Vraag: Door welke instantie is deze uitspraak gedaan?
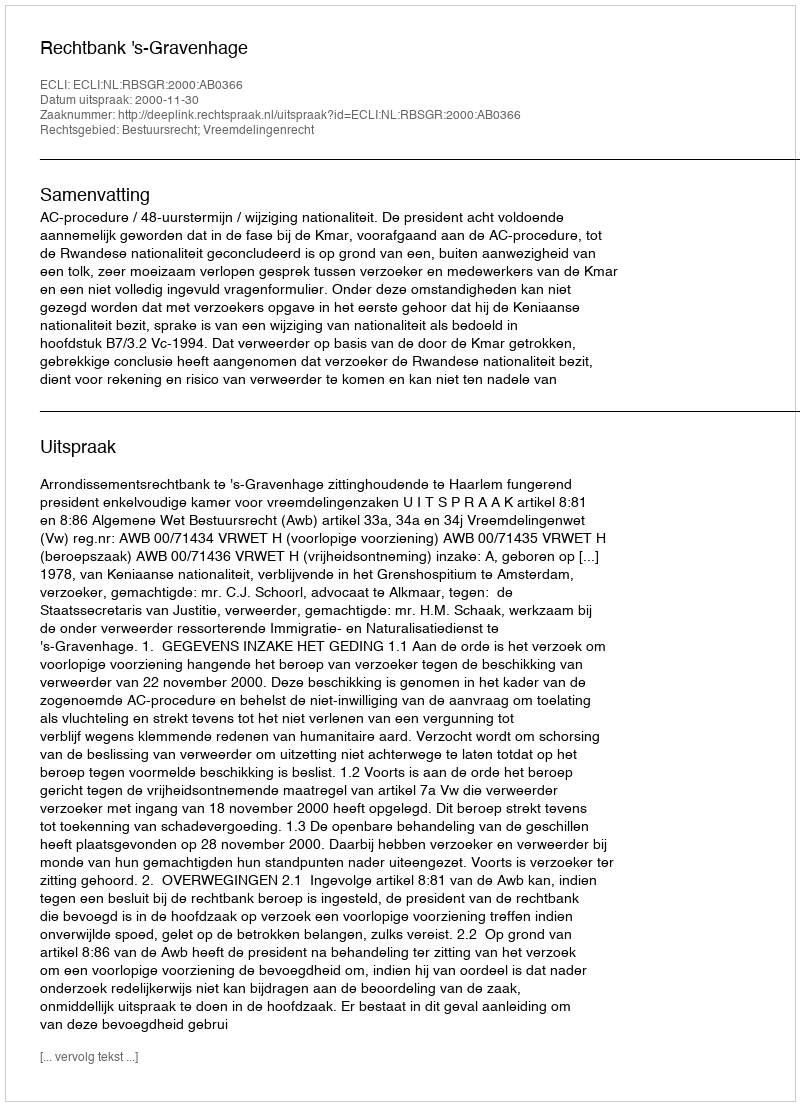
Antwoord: Rechtbank 's-Gravenhage